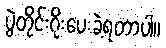
ပွဲတိုင်းဂိုးပေးခဲ့ရတာပါ။